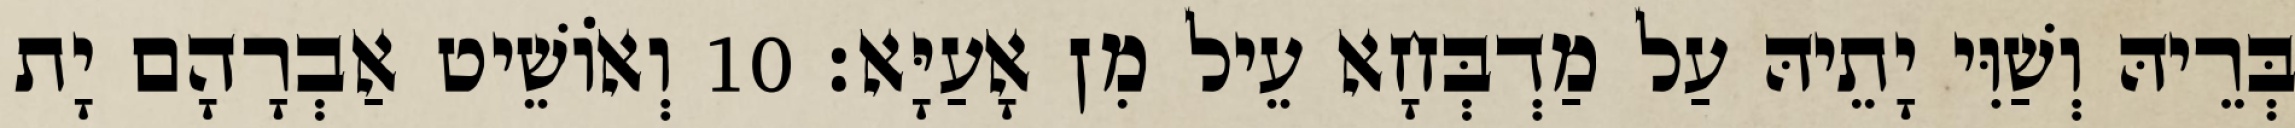
בְּרֵיהּ וְשַׁוִּי יָתֵיהּ עַל מַדְבְּחָא עֵיל מִן אָעַיָּא׃ 10 וְאוֹשֵׁיט אַבְרָהָם יָת